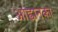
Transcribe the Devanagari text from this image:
आह्वानका